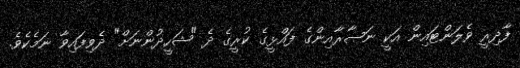
ފާދިރީ ވެލަންޓައިން އަކީ ނަޞާރާއިންގެ ފައްޅީގެ ކުރީގެ ދެ "ޝަހީދުންނަށް" ދެވިފައިވާ ނަމެކެވެ.